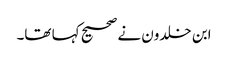
ابن خلدون نے صحیح کہا تھا۔